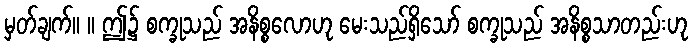
မှတ်ချက်။ ။ ဤ၌ စက္ခုသည် အနိစ္စလောဟု မေးသည်ရှိသော် စက္ခုသည် အနိစ္စသာတည်းဟု